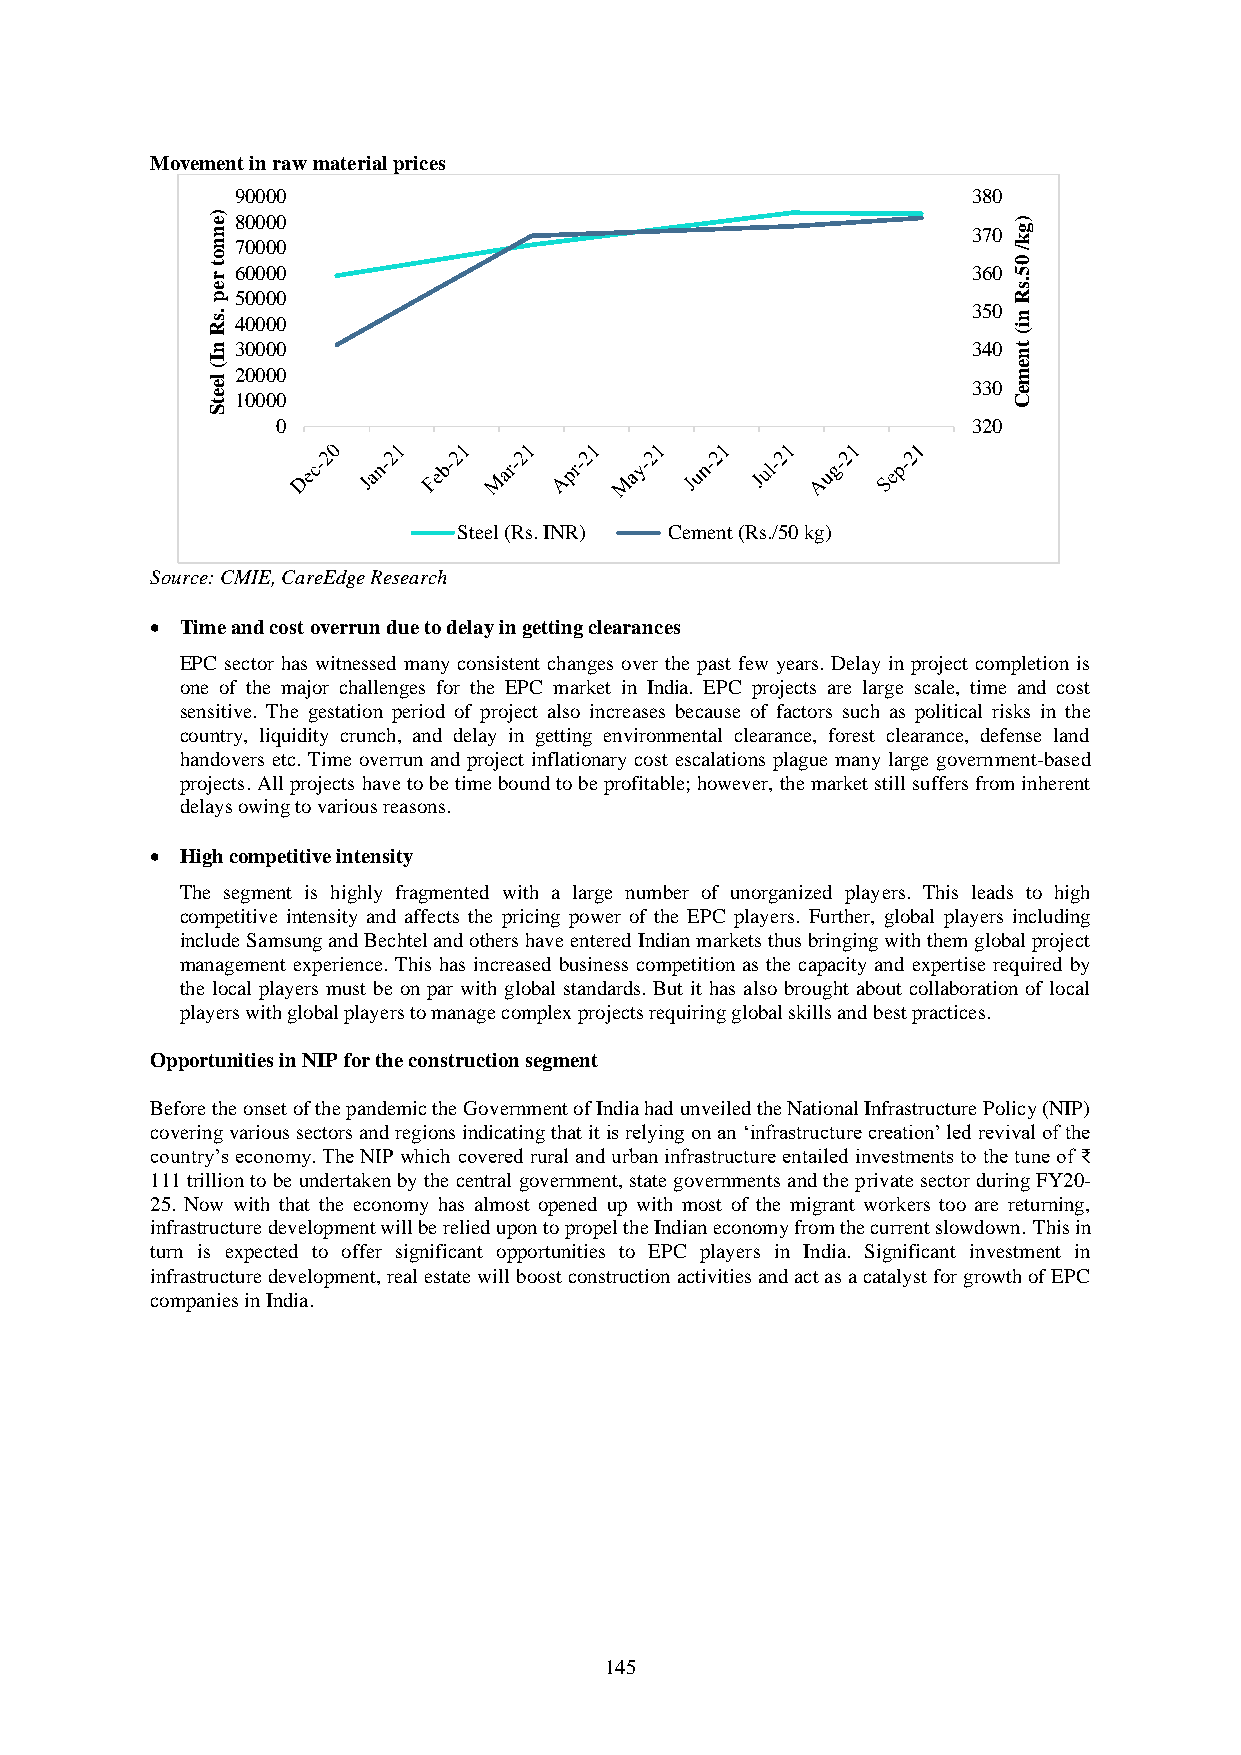
Movement in raw material prices
 90000                                           380
 ) e 80000                                            )
 n                                                 370 g
 n o
 t r e
 67 00 00 00 00
 360
 k /
 0 5 .s
 p 50000                                              R
 .s R 40000                                        350 n i(
 n 30000                                           340 t
 I                                                    n
 ( le
 e
 t
 12 00 00 00 00
 330
 e m
 e
 C
 S
 0                                             320
 Steel (Rs. INR) Cement (Rs./50 kg)
 Source: CMIE, CareEdge Research
 • Time and cost overrun due to delay in getting clearances
 EPC sector has witnessed many consistent changes over the past few years. Delay in project completion is
 one of the major challenges for the EPC market in India. EPC projects are large scale, time and cost
 sensitive. The gestation period of project also increases because of factors such as political risks in the
 country, liquidity crunch, and delay in getting environmental clearance, forest clearance, defense land
 handovers etc. Time overrun and project inflationary cost escalations plague many large government-based
 projects. All projects have to be time bound to be profitable; however, the market still suffers from inherent
 delays owing to various reasons.
 • High competitive intensity
 The segment is highly fragmented with a large number of unorganized players. This leads to high
 competitive intensity and affects the pricing power of the EPC players. Further, global players including
 include Samsung and Bechtel and others have entered Indian markets thus bringing with them global project
 management experience. This has increased business competition as the capacity and expertise required by
 the local players must be on par with global standards. But it has also brought about collaboration of local
 players with global players to manage complex projects requiring global skills and best practices.
 Opportunities in NIP for the construction segment
 Before the onset of the pandemic the Government of India had unveiled the National Infrastructure Policy (NIP)
 covering various sectors and regions indicating that it is relying on an ‘infrastructure creation’ led revival of the
 country’s economy. The NIP which covered rural and urban infrastructure entailed investments to the tune of ₹
 111 trillion to be undertaken by the central government, state governments and the private sector during FY20-
 25. Now with that the economy has almost opened up with most of the migrant workers too are returning,
 infrastructure development will be relied upon to propel the Indian economy from the current slowdown. This in
 turn is expected to offer significant opportunities to EPC players in India. Significant investment in
 infrastructure development, real estate will boost construction activities and act as a catalyst for growth of EPC
 companies in India.
 145